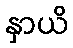
နှာယိ